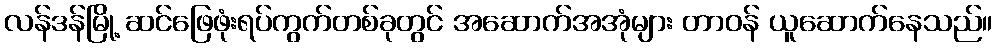
လန်ဒန်မြို့ ဆင်ဖြေဖုံးရပ်ကွက်တစ်ခုတွင် အဆောက်အအုံများ တာဝန် ယူဆောက်နေသည်။